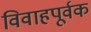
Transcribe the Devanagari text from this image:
विवाहपूर्वक